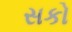
સકો